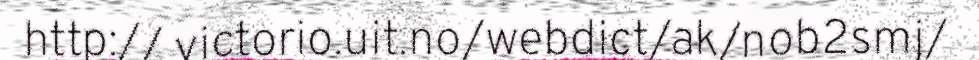
http:// victorio.uit.no/webdict/ak/nob2smj/